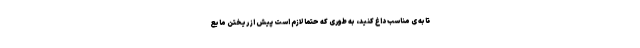
تابه ی مناسب داغ کنید، به طوری که حتماً لازم است پیش از ریختن مایع